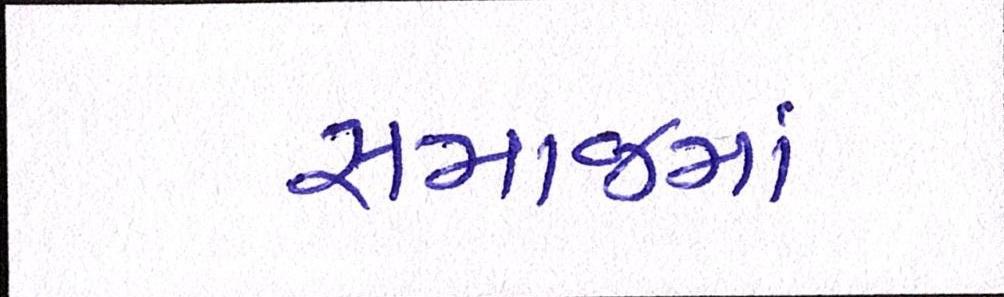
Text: સમાજમાં